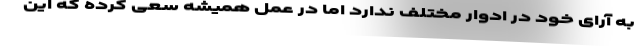
به آرای خود در ادوار مختلف ندارد اما در عمل همیشه سعی کرده که این